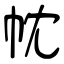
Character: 帎